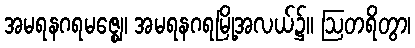
အမရနဂရမဇ္ဈေ၊ အမရနဂရမြို့အလယ်၌။ ဩတရိတွာ၊